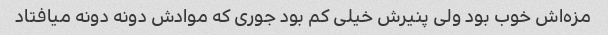
مزه‌اش خوب بود ولی پنیرش خیلی کم بود جوری که موادش دونه دونه میافتاد